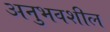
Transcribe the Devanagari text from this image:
अनुभवशील